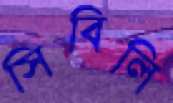
সিবিলি